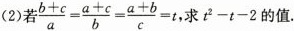
(2)若 $$\frac{b+c}{a}= \frac{a+c}{b}= \frac{a+b}{c}=t,$$ 求$$t^{2}-t-2$$的值